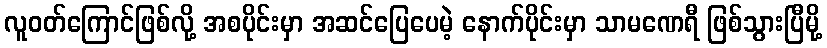
လူဝတ်ကြောင်ဖြစ်လို့ အစပိုင်းမှာ အဆင်ပြေပေမဲ့ နောက်ပိုင်းမှာ သာမဏေရီ ဖြစ်သွားပြီမို့